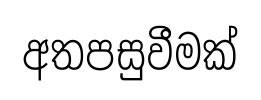
අතපසුවීමක්